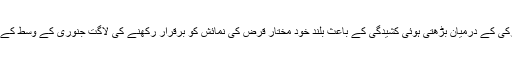
انقرہ جدت ویب ڈیسک :امریکا اور ترکی کے درمیان بڑھتی ہوئی کشیدگی کے باعث بلند خود مختار قرض کی نمائش کو برقرار رکھنے کی لاگت جنوری کے وسط کے بعد دو ماہ کی بلند ترین سطح پر ہے۔